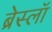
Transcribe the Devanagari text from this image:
ब्रेस्लॉ